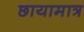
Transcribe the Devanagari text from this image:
छायामात्र